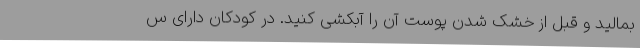
بمالید و قبل از خشک شدن پوست آن را آبکشی کنید. در کودکانِ دارای س